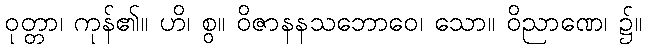
ဝုတ္တာ၊ ကုန်၏။ ဟိ၊ စွ။ ဝိဇာနနသဘောဝေ၊ သော။ ဝိညာဏေ၊ ၌။